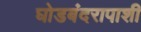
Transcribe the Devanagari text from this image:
घोडबंदरापाशी